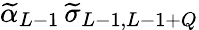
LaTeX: \widetilde\alpha_{L-1}\, \widetilde\sigma_{L-1,L-1+Q}